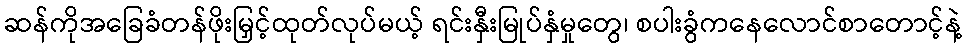
ဆန်ကိုအခြေခံတန်ဖိုးမြှင့်ထုတ်လုပ်မယ့် ရင်းနှီးမြုပ်နှံမှုတွေ၊ စပါးခွံကနေလောင်စာတောင့်နဲ့